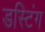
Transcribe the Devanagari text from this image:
डस्टिंग